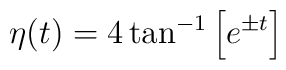
\eta (t)= 4 \tan ^{-1} \left[e ^{\pm t}\right]